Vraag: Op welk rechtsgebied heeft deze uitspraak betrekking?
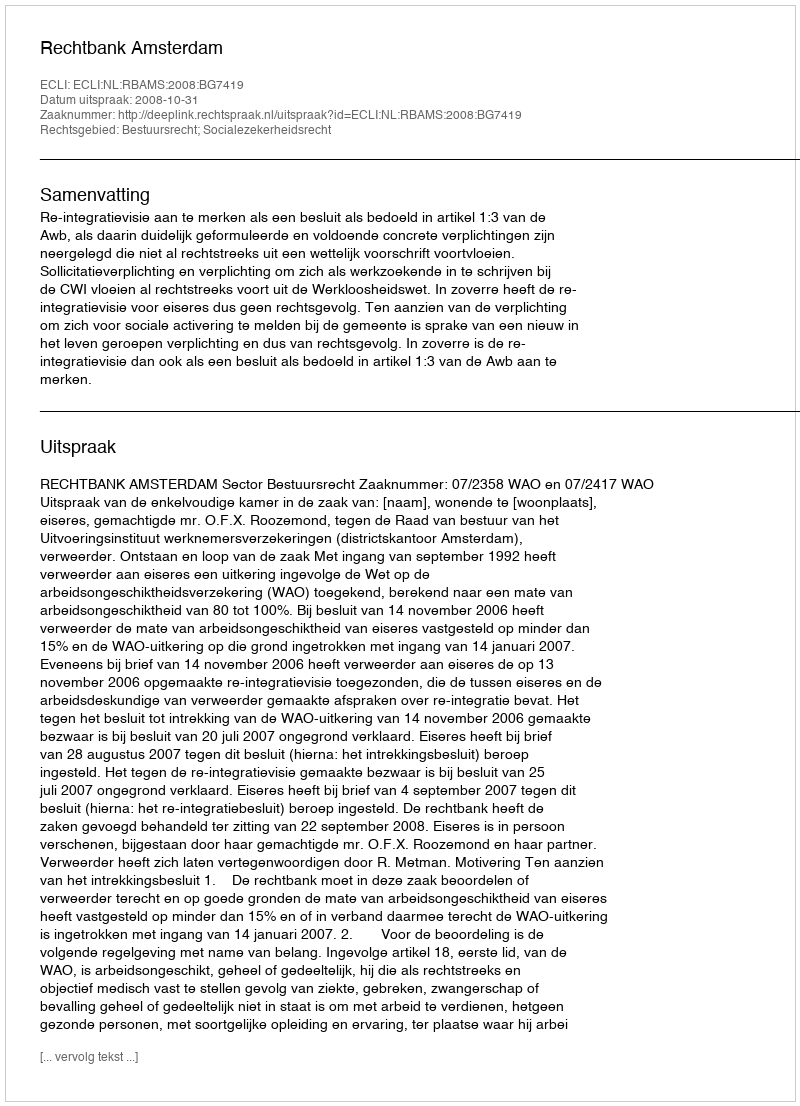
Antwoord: Bestuursrecht; Socialezekerheidsrecht